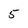
Character: 5